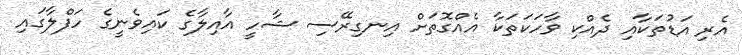
އެރި އަޑުތަކާއި ދެއްކި ވާހަކަތަކާ އެއްގޮތަށް އިނގިރޭސި ޝާހީ އާއިލާގެ ކައިވެނީގެ ހަފްލާގައި